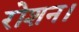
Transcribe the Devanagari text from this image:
रोशन।